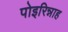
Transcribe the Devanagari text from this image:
पोइरिन्नाह